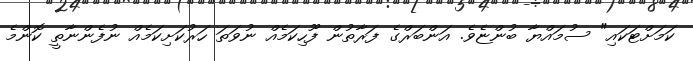
ކަމަށްޓަކައި" ސުމައްޔާ ބުންޏެވެ. އަންބަރްގެ ފަރާތުން ފޫހިކަމެއް ނުވަތަ ހަރުކަށިކަމެއް ނުފެންނާތީ ކޮންމެ